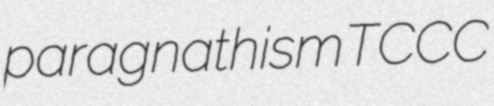
paragnathism TCCC